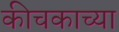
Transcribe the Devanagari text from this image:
कीचकाच्या